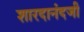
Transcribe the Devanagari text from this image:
शारदानंदजी